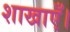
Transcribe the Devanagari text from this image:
शाखाएँ।